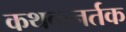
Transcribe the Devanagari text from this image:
कथकनर्तक